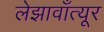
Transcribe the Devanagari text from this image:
लेझावाँत्यूर